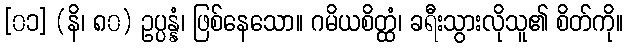
[၀၁] (နိ၊ ၈၀) ဥပ္ပန္နံ၊ ဖြစ်နေသော။ ဂမိယစိတ္ထံ၊ ခရီးသွားလိုသူ၏ စိတ်ကို။